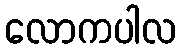
လောကပါလ